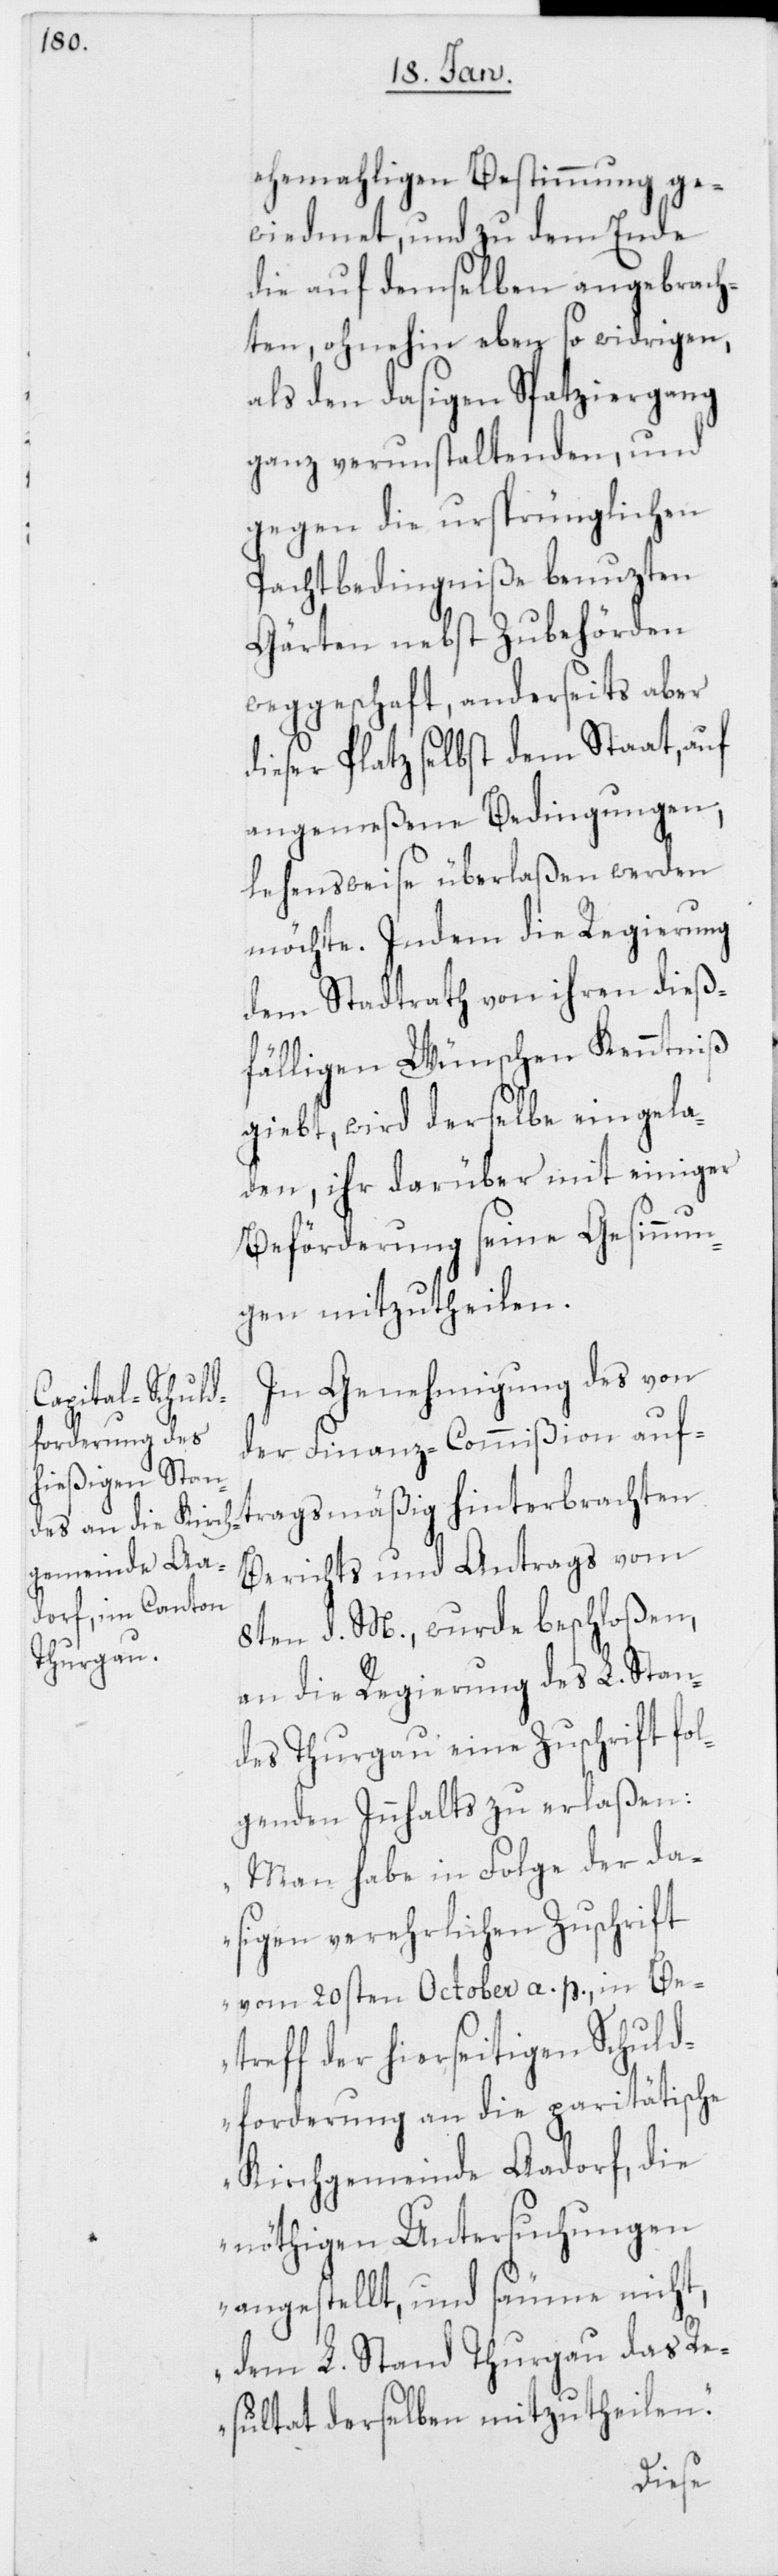
ehemahligen Bestimmung ge¬
wiedmet, und zu dem Ende
die auf demselben angebrach¬
ten, ohnehin eben so widrigen,
als den dasigen Spatziergang
ganz verunstaltenden, und
gegen die ursprünglichen
Pachtbedingniße benuzten
Gärten nebst Zubehörden
weggeschafft, anderseits aber
dieser Platz selbst dem Staat, auf
angemeßene Bedingungen,
lehensweise überlaßen werden
möchte. Indem die Regierung
dem Stadtrath von ihren dieß¬
fälligen Wünschen Kenntniß
giebt, wird derselbe eingela¬
den, ihr darüber mit einiger
Beförderung seine Gesinnun¬
gen mitzutheilen.
In Genehmigung des von
der Finanz-Commißion auf¬
tragsmäßig hinterbrachten
Berichts und Antrags vom
8ten d. M., wurde beschloßen,
an die Regierung des L. Stan¬
des Thurgau eine Zuschrift fol¬
genden Innhalts zu erlaßen:
„Man habe in Folge der da¬
sigen verehrlichen Zuschrift
vom 20sten October a. p., in Be¬
treff der hierseitigen Schuld¬
forderung an die paritätische
Kirchgemeinde Aadorf, die
nöthigen Untersuchungen
angestellt, und säume nicht,
dem L. Stand Thurgau das Re¬
sultat derselben mitzutheilen.